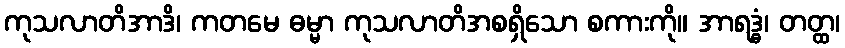
ကုသလာတိအာဒိ၊ ကတမေ ဓမ္မာ ကုသလာတိအစရှိသော စကားကို။ အာရဒ္ဓံ၊ တတ္ထ၊